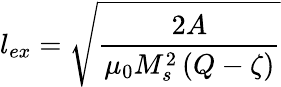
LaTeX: l_{ex}=\sqrt{\frac{2A}{\mu_{0}M_{s}^{2}\left(Q-\zeta\right)}}